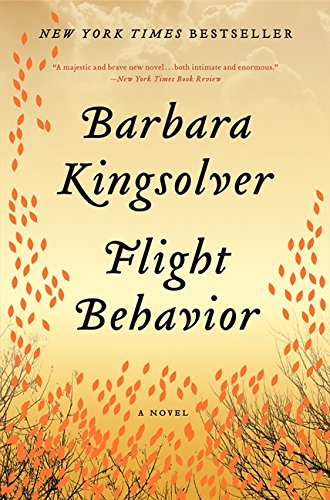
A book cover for Flight Behavior: A Novel; Barbara Kingsolver; Literature & Fiction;